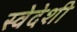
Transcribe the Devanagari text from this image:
स्वेदेशी